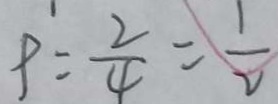
P = \frac { 2 } { 4 } = \frac { 1 } { 2 }